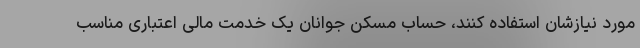
مورد نیازشان استفاده کنند، حساب مسکن جوانان یک خدمت مالی اعتباری مناسب